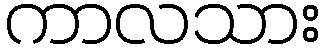
ကာလသား